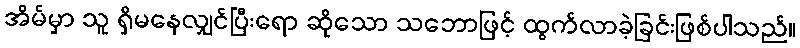
အိမ်မှာ သူ ရှိမနေလျှင်ပြီးရော ဆိုသော သဘောဖြင့် ထွက်လာခဲ့ခြင်းဖြစ်ပါသည်။